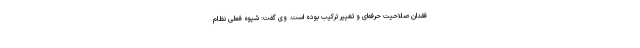
فقدان صلاحیت حرفه‌ای و تغییر ترکیب بوده است. وی گفت: شیوه فعلی نظام